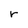
Character: r